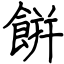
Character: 餠